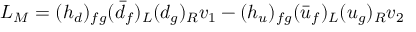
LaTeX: { \cal L } _ { M } = ( h _ { d } ) _ { f g } ( \bar { d } _ { f } ) _ { L } ( d _ { g } ) _ { R } v _ { 1 } - ( h _ { u } ) _ { f g } ( \bar { u } _ { f } ) _ { L } ( u _ { g } ) _ { R } v _ { 2 }